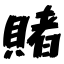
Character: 賭